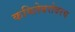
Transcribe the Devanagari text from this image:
कवितेबरोबरच